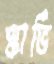
স্কার্ভি